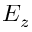
E _ { z }